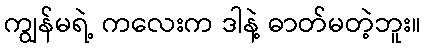
ကျွန်မရဲ့ ကလေးက ဒါနဲ့ ဓာတ်မတဲ့ဘူး။